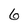
Character: 6